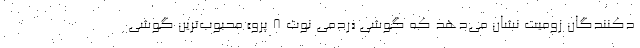
دکنندگان زومیت نشان می‌دهد که گوشی «ردمی نوت ۸ پرو» محبوب‌ترین گوشی